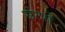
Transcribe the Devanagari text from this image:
संग्पो